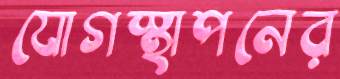
যোগস্থাপনের